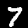
Digit: 7